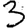
Digit: 3